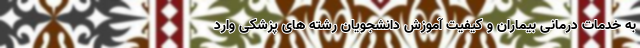
به خدمات درمانی بیماران و کیفیت آموزش دانشجویان رشته های پزشکی وارد